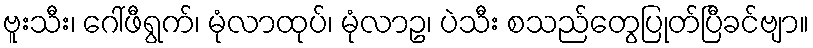
ဗူးသီး၊ ဂေါ်ဖီရွက်၊ မုံလာထုပ်၊ မုံလာဥ၊ ပဲသီး စသည်တွေပြုတ်ပြီခင်ဗျာ။